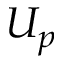
U _ { p }